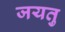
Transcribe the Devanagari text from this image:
जयतु